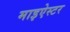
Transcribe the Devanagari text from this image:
माइऐस्टर